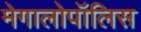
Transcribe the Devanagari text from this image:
मेगालोपॉलिस